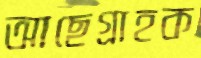
আছেগ্রাহক